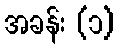
အခန်း (၁)